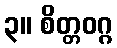
၃။ စိတ္တဝဂ္ဂ